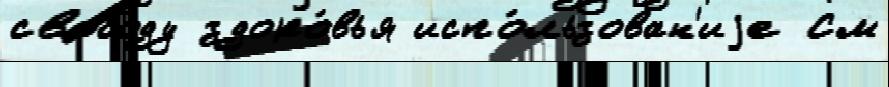
свобо́ду здоро́вья испо́льзован'иjе См